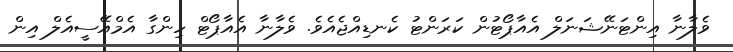
ވެލާނާ އިންޓަނޭޝަނަލް އެއާޕޯޓުން ކަރަންޓު ކެނޑިއްޖެއެވެ. ވެލާނާ އެއާޕޯޓް ހިންގާ އެމްއޭސީއެލް އިން